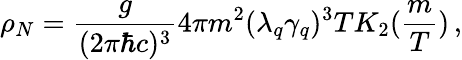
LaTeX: \rho_{N}=\frac{g}{(2\pi\hbar c)^{3}}4\pi m^{2}(\lambda_{q}\gamma_{q})^{3}TK_{2}(\frac{m}{T})\, ,